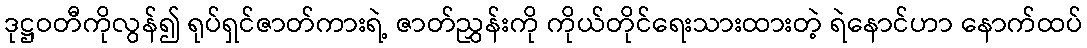
ဒုဋ္ဌဝတီကိုလွန်၍ ရုပ်ရှင်ဇာတ်ကားရဲ့ ဇာတ်ညွှန်းကို ကိုယ်တိုင်ရေးသားထားတဲ့ ရဲနောင်ဟာ နောက်ထပ်